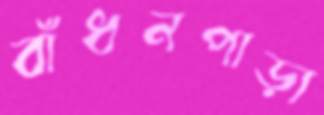
বাঁধনপাড়া